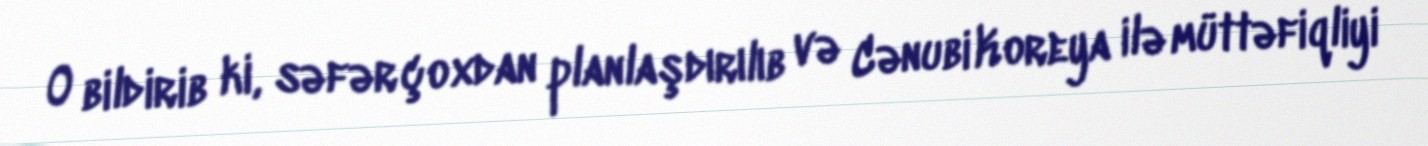
O bildirib ki, səfər çoxdan planlaşdırılıb və Cənubi Koreya ilə müttəfiqliyi